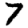
Digit: 7